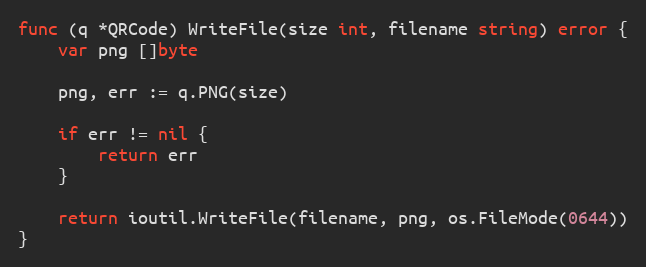
Language: Go
func (q *QRCode) WriteFile(size int, filename string) error {
	var png []byte

	png, err := q.PNG(size)

	if err != nil {
		return err
	}

	return ioutil.WriteFile(filename, png, os.FileMode(0644))
}